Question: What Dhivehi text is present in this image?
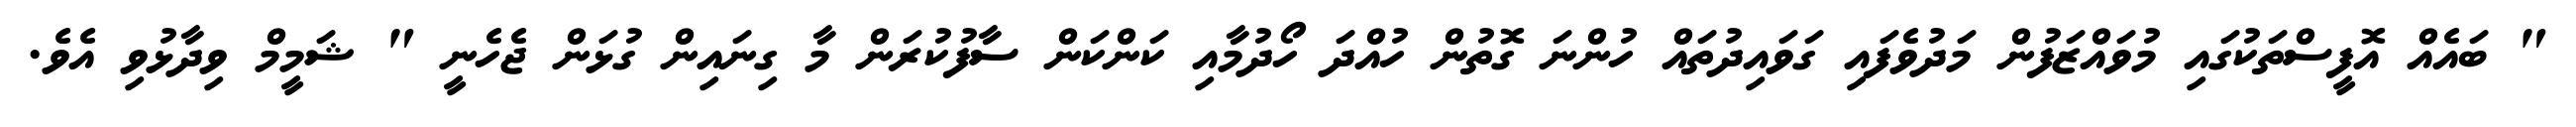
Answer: " ބައެއް އޮފީސްތަކުގައި މުވައްޒަފުން މަދުވެފައި ގަވައިދުތައް ހުންނަ ގޮތުން ހުއްދަ ހޯދުމާއި ކަންކަން ސާފުކުރަން މާ ގިނައިން ގުޅަން ޖެހެނީ " ޝަމީމް ވިދާޅުވި އެވެ.